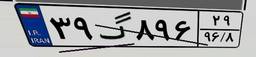
۶۷گ۷۸۴۹۷